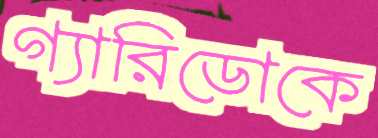
গ্যারিডোকে